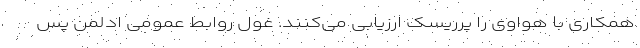
همکاری با هواوی را پرریسک ارزیابی می‌کنند. غول روابط عمومی ادلمن پس